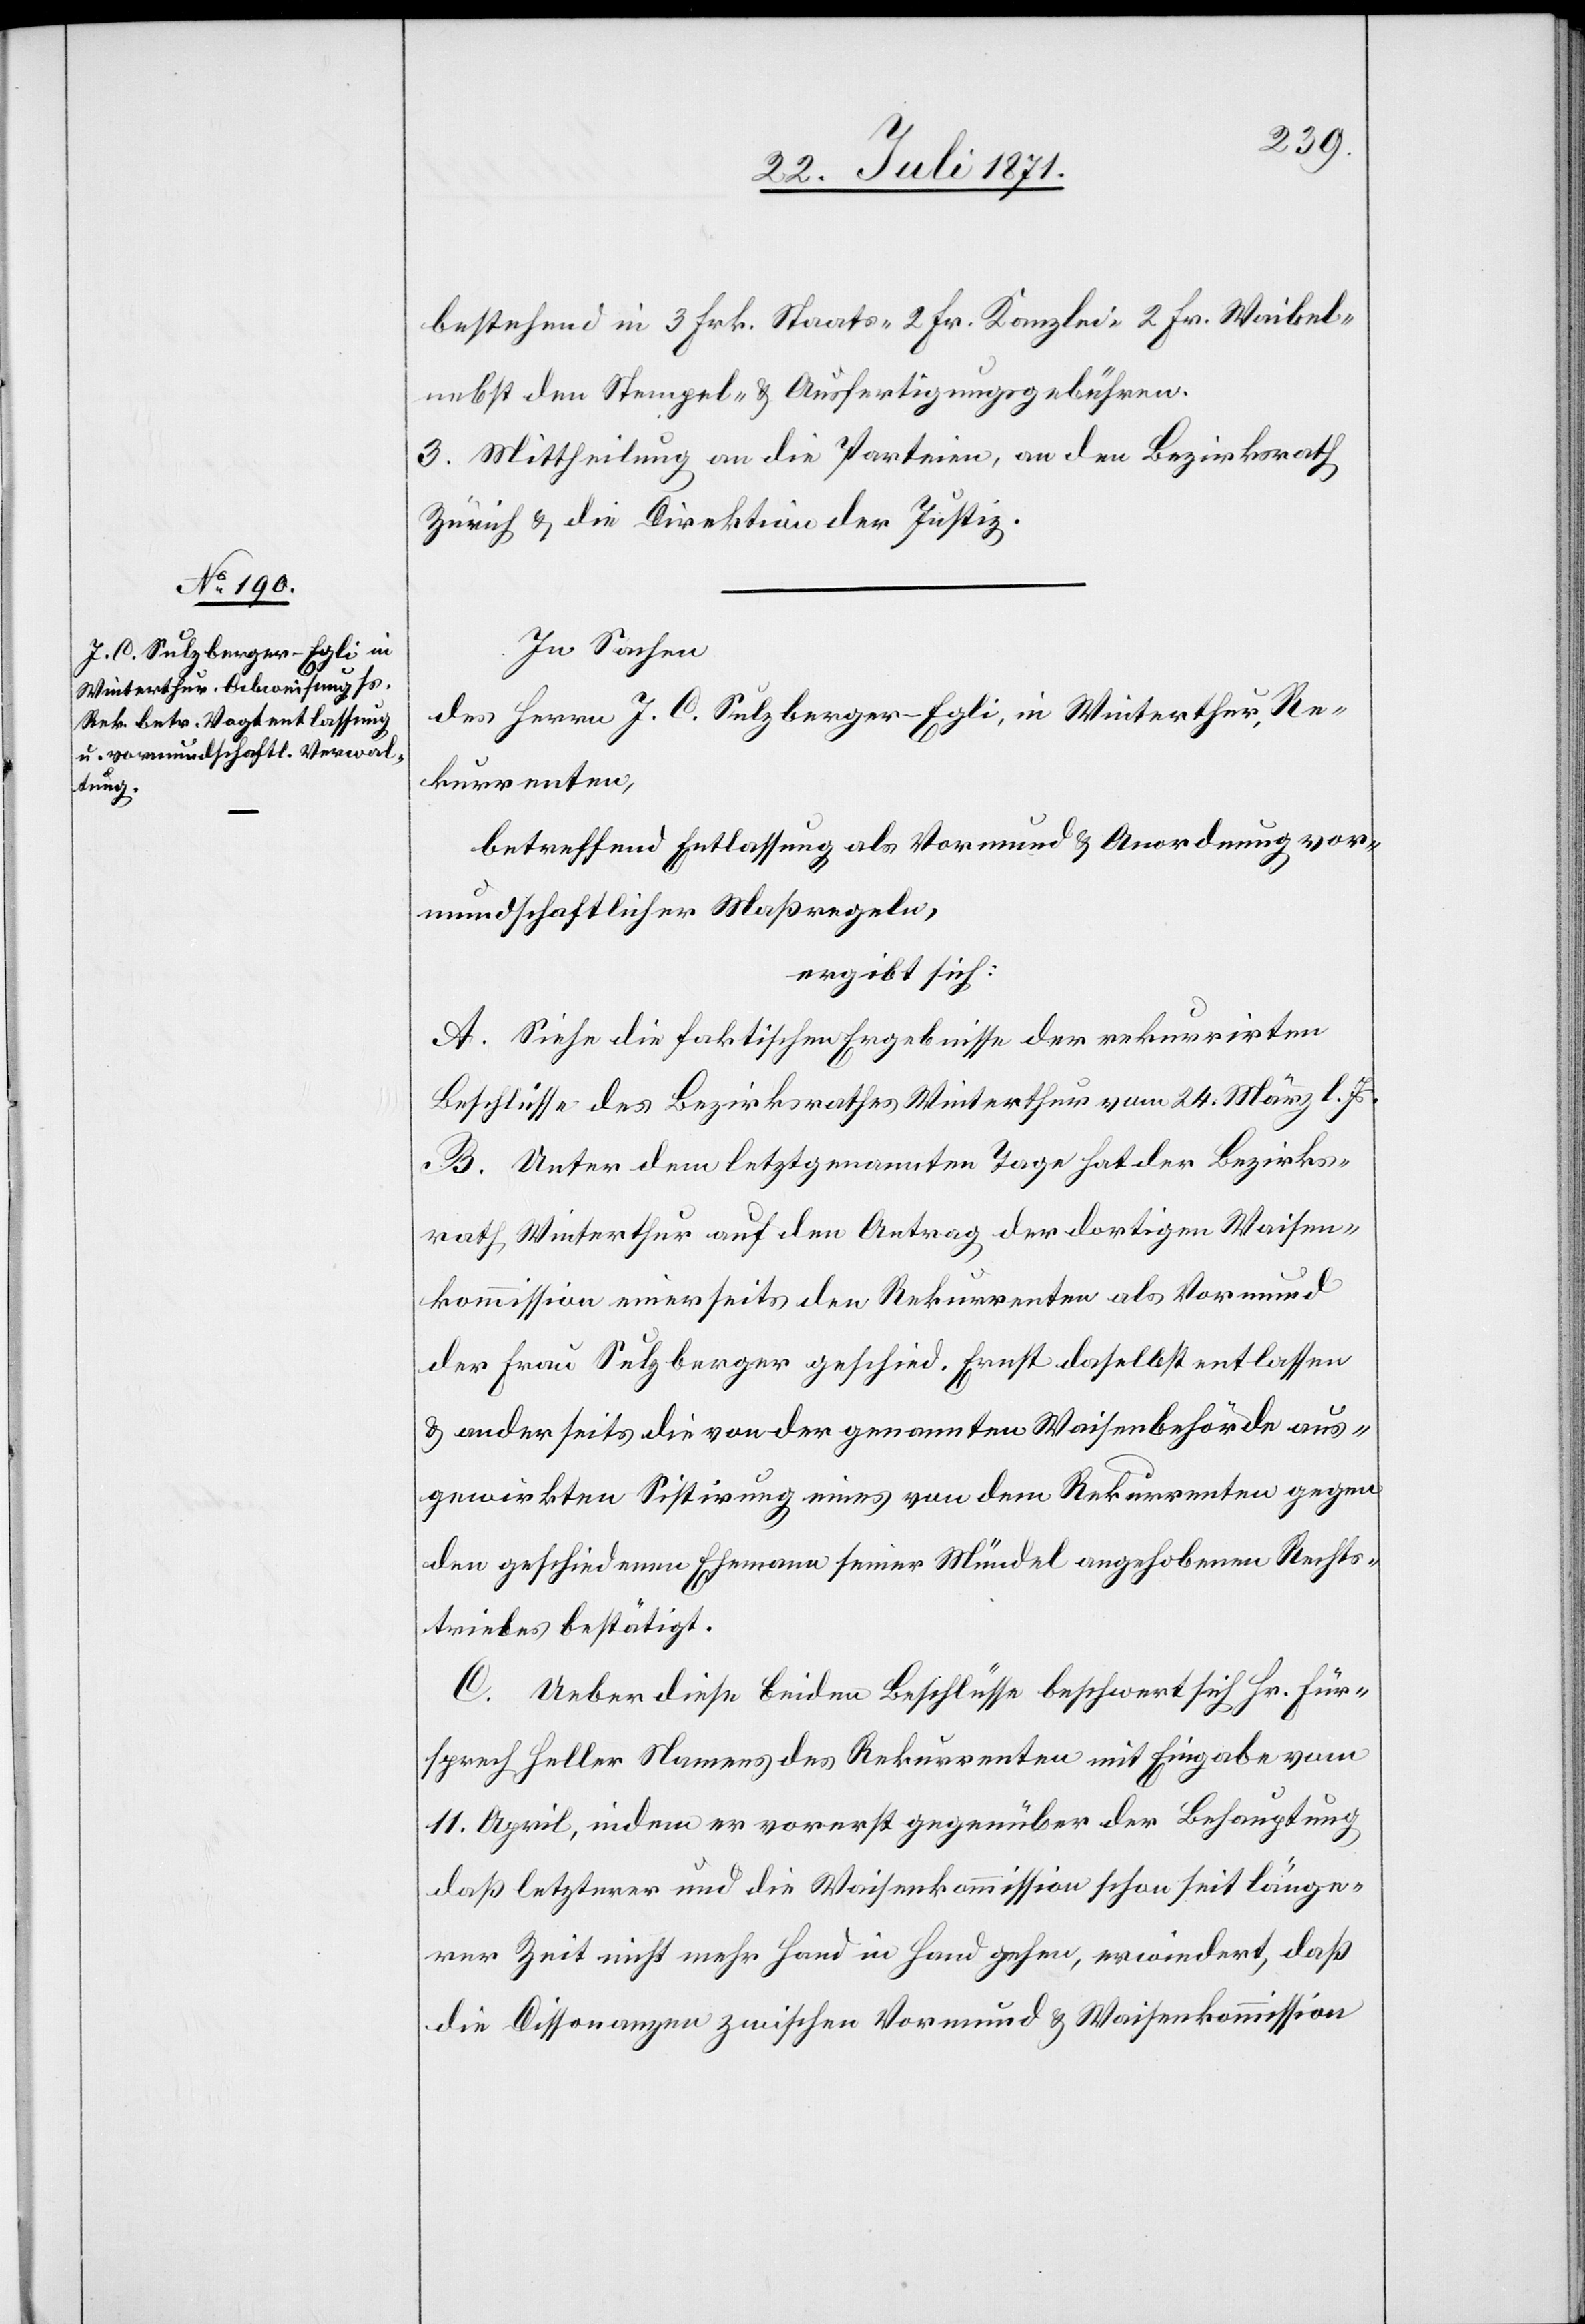
bestehend in 3 Frk. Staats- 2 Fr. Kanzlei- 2 Fr. Waibel-
nebst den Stempel- u. Ausfertigungsgebühren.
3. Mittheilung an die Parteien, an den Bezirksrath
Zürich u. die Direktion der Justiz.
In Sachen
des Herrn J. C. Sulzberger-Egli, in Winterthur, Re¬
kurrenten,
betreffend Entlassung als Vormund u. Anordnung vor¬
mundschaftlicher Maßregeln,
ergibt sich:
A. Siehe die faktischen Ergebnisse der rekurrirten
Beschlüsse des Bezirksrathes Winterthur vom 24. März l. Js.
B. Unter dem letztgenannten Tage hat der Bezirks¬
rath Winterthur auf den Antrag der dortigen Waisen¬
kommission einerseits den Rekurrenten als Vormund
der Frau Sulzberger geschied. Ernst daselbst entlassen
u. anderseits die von der genannten Waisenbehörde aus¬
gewirkten Sistirung eines von dem Rekurrenten gegen
den geschiedenen Ehemann seiner Mündel angehobenen Rechts¬
triebes bestätigt.
C. Ueber diese beiden Beschlüsse beschwert sich Hr. Für¬
sprech Heller Namens des Rekurrenten mit Eingabe vom
11. April, indem er vorerst gegenüber der Behauptung
daß letzterer und die Waisenkommission schon seit länge¬
rer Zeit nicht mehr Hand in Hand gehen, erwiedert, daß
die Dissonanzen zwischen Vormund u. Waisenkommission